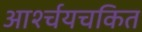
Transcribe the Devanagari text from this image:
आर्श्चयचकित